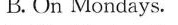
B. On Mondays.